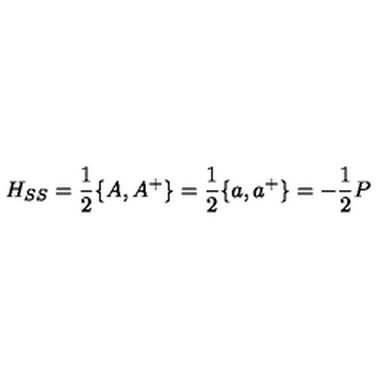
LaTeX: H _ { S S } = \frac { 1 } { 2 } \{ A , A ^ { + } \} = \frac { 1 } { 2 } \{ a , a ^ { + } \} = - \frac { 1 } { 2 } P